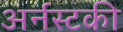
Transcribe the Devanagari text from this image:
अर्नस्टकी